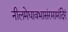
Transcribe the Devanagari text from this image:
नीलमेघावभासंरमामंदिरं